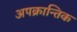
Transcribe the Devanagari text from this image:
अपक्रान्तिक